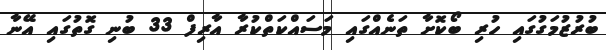
ބުރުޒުމަގުގައި ހުރި ބޯކޮށާ ތަނެއްގައި މަސައްކަތްކުރާ އާރިފް 33 ބުނި ގޮތުގައި އޭނާ